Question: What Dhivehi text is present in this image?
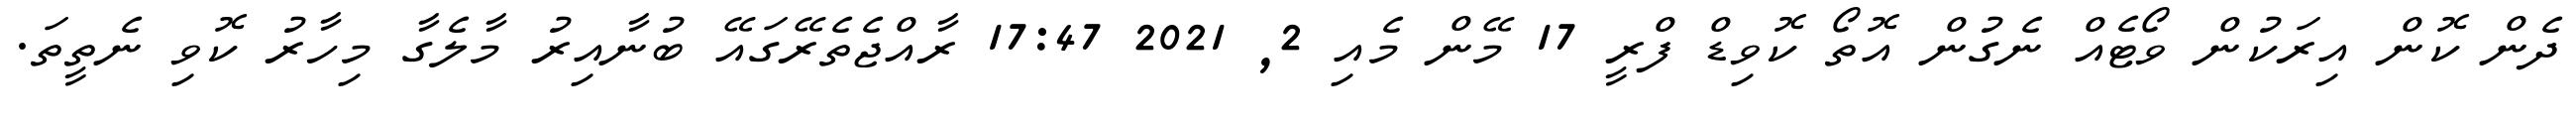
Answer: ދެން ކޮން އިރަކުން ވޯޓެއް ނެގުން އޮތޯ ކޮވިޑް ފްރީ 17 މޭން މެއި 2, 2021 17:47 ރާއްޖެތެރޭގައޭ ބުނާއިރު މާލެގާ މިހާރު ކޮވި ނެތީތަ.